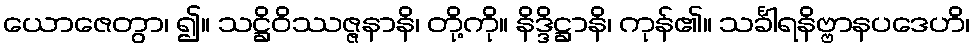
ယောဇေတွာ၊ ၍။ သဋ္ဌိဝိဿဇ္ဇနာနိ၊ တို့ကို။ နိဒ္ဒိဋ္ဌာနိ၊ ကုန်၏။ သင်္ခါရနိဗ္ဗာနပဒေဟိ၊